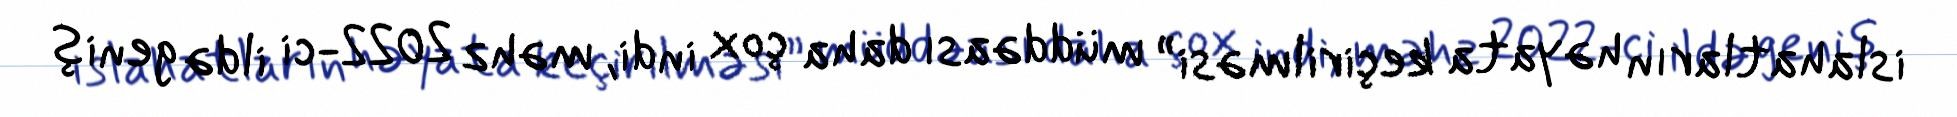
islahatların həyata keçirilməsi” müddəası daha çox indi, məhz 2022-ci ildə geniş